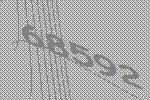
68592